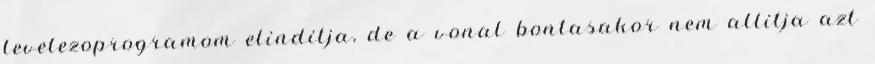
levelezoprogramom elinditja, de a vonal bontasakor nem allitja azt